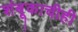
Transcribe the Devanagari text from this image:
शंबूकाचीही